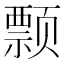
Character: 𱂺